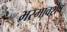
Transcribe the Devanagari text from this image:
भस्मावशेष